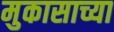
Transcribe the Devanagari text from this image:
मुकासाच्या